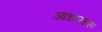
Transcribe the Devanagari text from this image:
आधारहरू